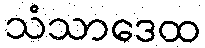
သံသာဒေထ